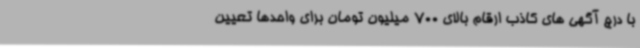
با درج آگهی های کاذب ارقام بالای 700 میلیون تومان برای واحدها تعیین